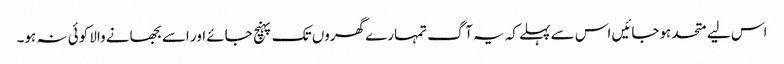
اس لیے متحد ہوجائیں اس سے پہلے کہ یہ آگ تمہارے گھروں تک پہنچ جائے اور اسے بجھانے والا کوئی نہ ہو۔